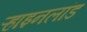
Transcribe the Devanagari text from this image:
ऱ्हाइनलांड